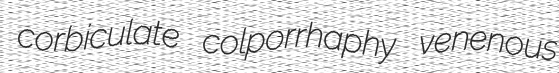
corbiculate colporrhaphy venenous